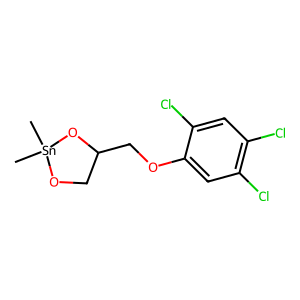
SMILES: C[Sn]1(C)OCC(COc2cc(Cl)c(Cl)cc2Cl)O1
Inhibits HIV replication: No